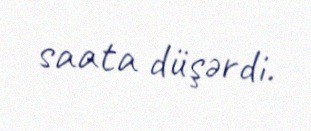
saata düşərdi.